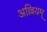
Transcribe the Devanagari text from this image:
अल्लियम्